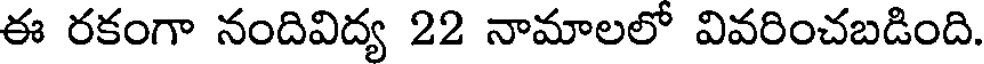
ఈ రకంగా నందివిద్య 22 నామాలలో వివరించబడింది.